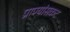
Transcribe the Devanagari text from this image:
प्राण्यांसकट